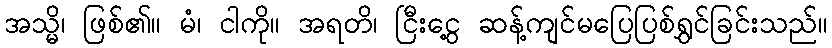
အသ္မိ၊ ဖြစ်၏။ မံ၊ ငါကို။ အရတိ၊ ငြီးငွေ့ ဆန့်ကျင်မပြေပြစ်ရွှင်ခြင်းသည်။